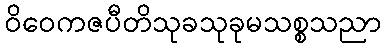
ဝိဝေကဇပီတိသုခသုခုမသစ္စသညာ